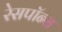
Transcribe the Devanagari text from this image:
रेसपॉन्स